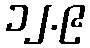
၁၂.၉